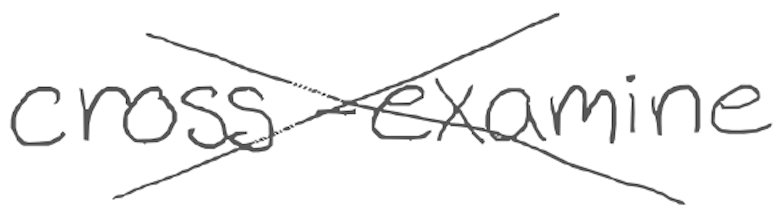
Text: cross-examine
Cross-out: cross
Writing tool: digital_gray